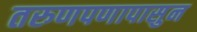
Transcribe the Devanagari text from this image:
तरुणपणापासुन